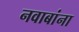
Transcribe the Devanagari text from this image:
नवाबांना